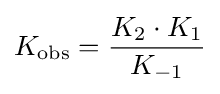
K_{\text{obs}}={K_{2}\cdot K_{1} \over K_{-1}}